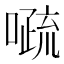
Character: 𱔰